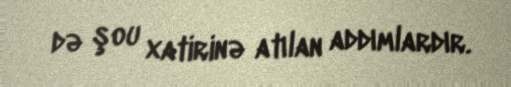
də şou xatirinə atılan addımlardır.